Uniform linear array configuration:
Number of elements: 4
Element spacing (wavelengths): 0.5
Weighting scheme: blackman
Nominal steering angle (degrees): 45
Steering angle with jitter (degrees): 46.451
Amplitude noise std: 0.05
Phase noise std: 0.05

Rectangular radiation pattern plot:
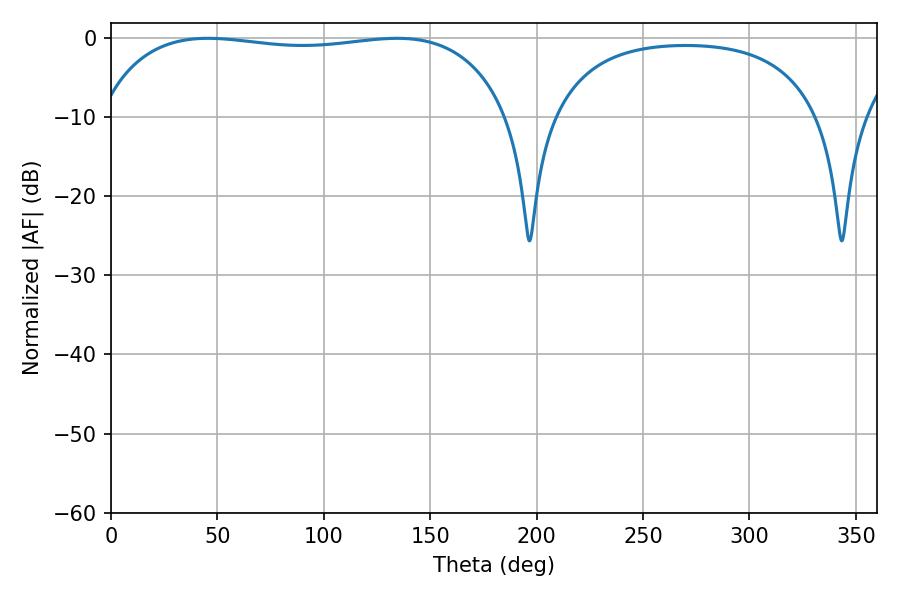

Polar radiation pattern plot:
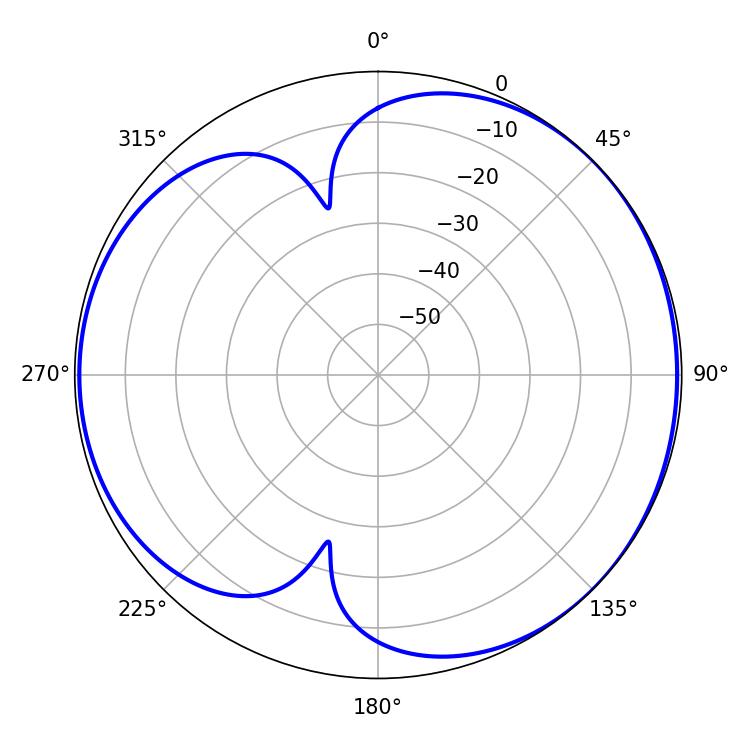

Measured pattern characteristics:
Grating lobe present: FALSE
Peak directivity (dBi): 4.573
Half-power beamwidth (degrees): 155.16
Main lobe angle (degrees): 45.54